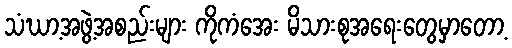
သံဃာ့အဖွဲ့အစည်းများ ကိုကံအေး မိသားစုအရေးတွေမှာတော့